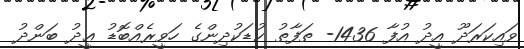
ވައިކަރަދޫ އީދު އުފާ 1436- ތަފާތު ކުޑަކުދިންގެ ހަވީރެއްބޮޑު ޢީދު ބަންދު